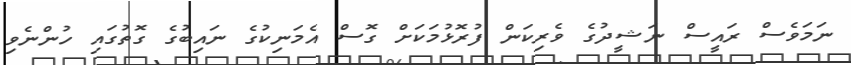
ނަމަވެސް ރައީސް ނަޝީދުގެ ވެރިކަން ފުރޮޅުމަކަށް ގޮސް އެމަނިކުގެ ނައިބުގެ ގޮތުގައި ހުންނެވި